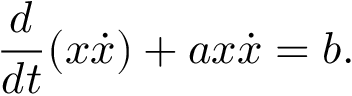
\frac { d } { d t } ( x \dot { x } ) + a x \dot { x } = b .